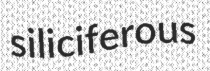
siliciferous